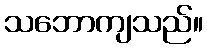
သဘောကျသည်။